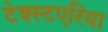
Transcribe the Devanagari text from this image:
टेक्स्टएरिया